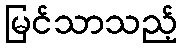
မြင်သာသည့်